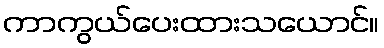
ကာကွယ်ပေးထားသယောင်။